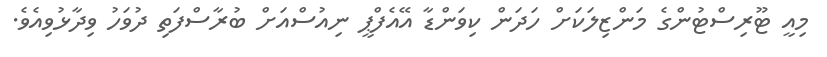
މިއީ ޓޫރިސްޓުންގެ މަންޒިލަކަށް ހަދަން ކިވަންޑާ އޭއެފްޕީ ނިއުސްއަށް ބުރާސްފަތި ދުވަހު ވިދާޅުވިއެވެ.